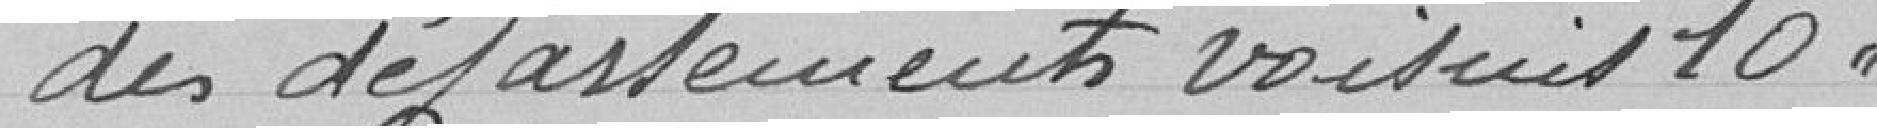
des départements voisins 10